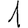
Digit: 1